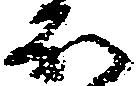
ほ